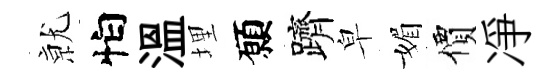
𭕒怕温埋願躋皁媚價凈